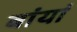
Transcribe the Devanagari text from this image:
बांयां